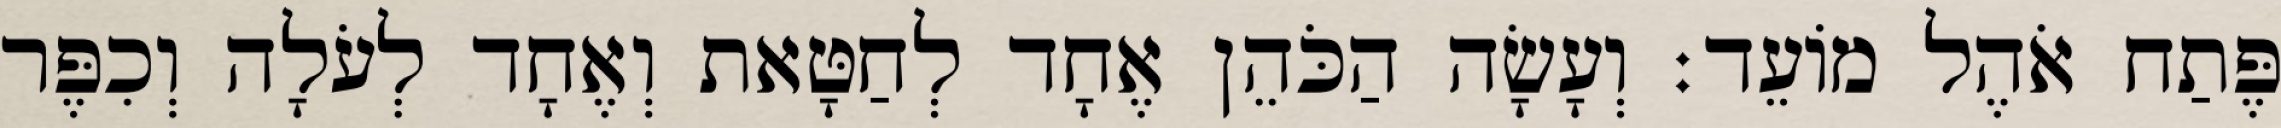
פֶּתַח אֹהֶל מוֹעֵד׃ וְעָשָׂה הַכֹּהֵן אֶחָד לְחַטָּאת וְאֶחָד לְעֹלָה וְכִפֶּר